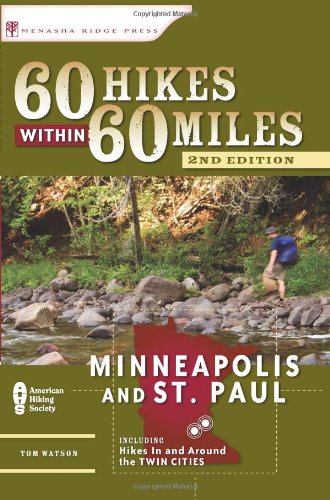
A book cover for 60 Hikes Within 60 Miles: Minneapolis and St. Paul: Includes Hikes in and Around the Twin Cities; Tom Watson; Travel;